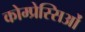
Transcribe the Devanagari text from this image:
कोम्प्रेस्सिओं